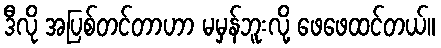
ဒီလို အပြစ်တင်တာဟာ မမှန်ဘူးလို့ ဖေဖေထင်တယ်။